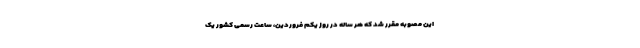
این مصوبه مقرر شد که هر ساله در روز یکم فروردین، ساعت رسمی کشور یک